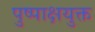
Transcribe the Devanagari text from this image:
पुष्पाक्षयुक्त